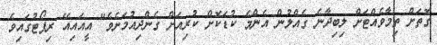
ގޮތަށް ތިމާވެއްޓަށް ލިބިދާނެ ގެއްލުން އެންމެ ކުޑަކޮށް ކުރިއަށް ގެންދިއުމަށެވެ" އީއައިއޭ ރިޕޯޓުގައިވެ